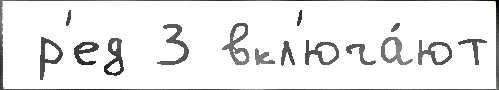
 р'ед 3 вкл'юча́ют